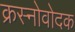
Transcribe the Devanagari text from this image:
क्रस्नोवोदक